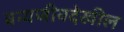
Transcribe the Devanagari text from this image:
वन्यजीवदेखील